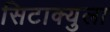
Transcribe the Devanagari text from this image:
सिटाक्युला